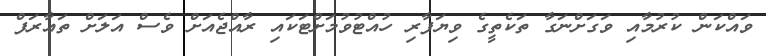
ވައްކަން ކުރުމާއި ވަގަށްނަގާ ތަކެތީގެ ވިޔަފާރި ހުއްޓުވުމަށްޓަކައި ރާއްޖެއަށް ވެސް އަލަށް ތަޢާރަފް